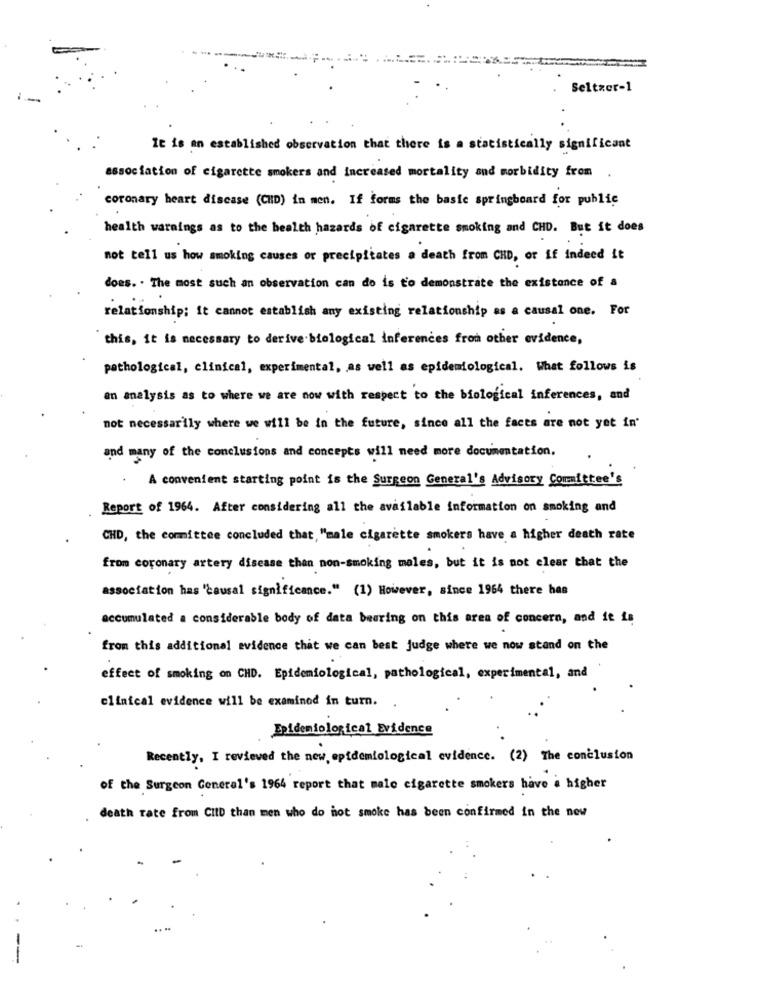
Seltzer-1
It is an established observation that there is a statistically significant
association of cigarette smokers and Increased mortality and morbidity from .
coronary heart disease (CHD) in men. If forms the basie springboard for public
health warnings as to the health hazards of cigarette smoking and CHD. But it does
not tell us how smoking causes or precipitates a death from CHD, or if indeed it
does. . The most such an observation can do is to demonstrate the existence of a
relationship; it cannot establish any existing relationship as a causal one. For
this, it is necessary to derive biological inferences from other evidence,
pathological, clinical, experimental, as well as epidemiological. What follows is
en analysis as to where we are now with respect to the biological inferences, and
not necessarily where we will be in the future, since all the facts are not yet in'
and many of the conclusions and concepts will need more documentation.
A convenient starting point is the Surgeon General's Advisory Committee's
Report of 1964. After considering all the available information on smoking and
CHD, the committee concluded that, "male cigarette smokers have a higher death rate
from coronary artery disease than non-smoking moles, but it is not clear that the
association has "causal significance." (1) However, since 1964 there has
accumulated a considerable body of data bearing on this area of concern, and it is
from this additional evidence that we can best judge where we now stand on the
effect of smoking on CHD. Epidemiological, pathological, experimental, and
clinical evidence will be examined in turn.
Epidemiological Evidence
Recently, I reviewed the new epidemiological evidence. (2) The conclusion
of the Surgeon General's 1964 report that male cigarette smokers have a higher
death rate from CIID than men who do hot smoke has been confirmed in the new